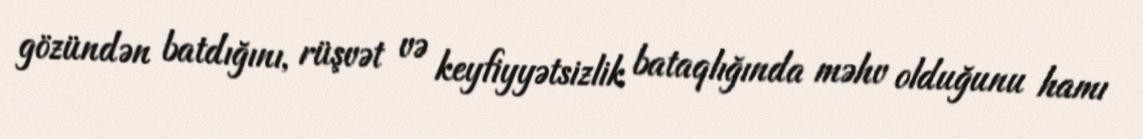
gözündən batdığını, rüşvət və keyfiyyətsizlik bataqlığında məhv olduğunu hamı